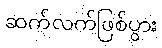
ဆက်လက်ဖြစ်ပွား